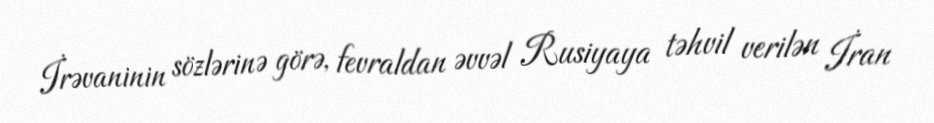
İrəvaninin sözlərinə görə, fevraldan əvvəl Rusiyaya təhvil verilən İran